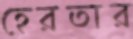
হেরতার